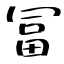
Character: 冨